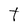
Character: t